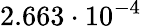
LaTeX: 2.663\cdot 10^{-4}